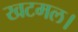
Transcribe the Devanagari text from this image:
खटमल।